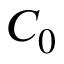
C _ { 0 }